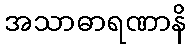
အသာဓာရဏာနိ